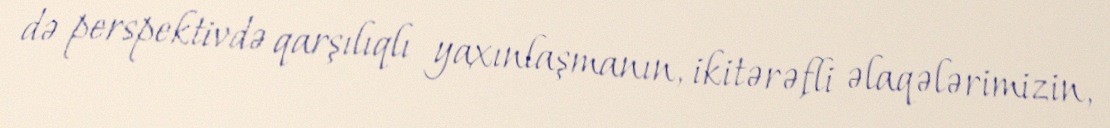
də perspektivdə qarşılıqlı yaxınlaşmanın, ikitərəfli əlaqələrimizin,